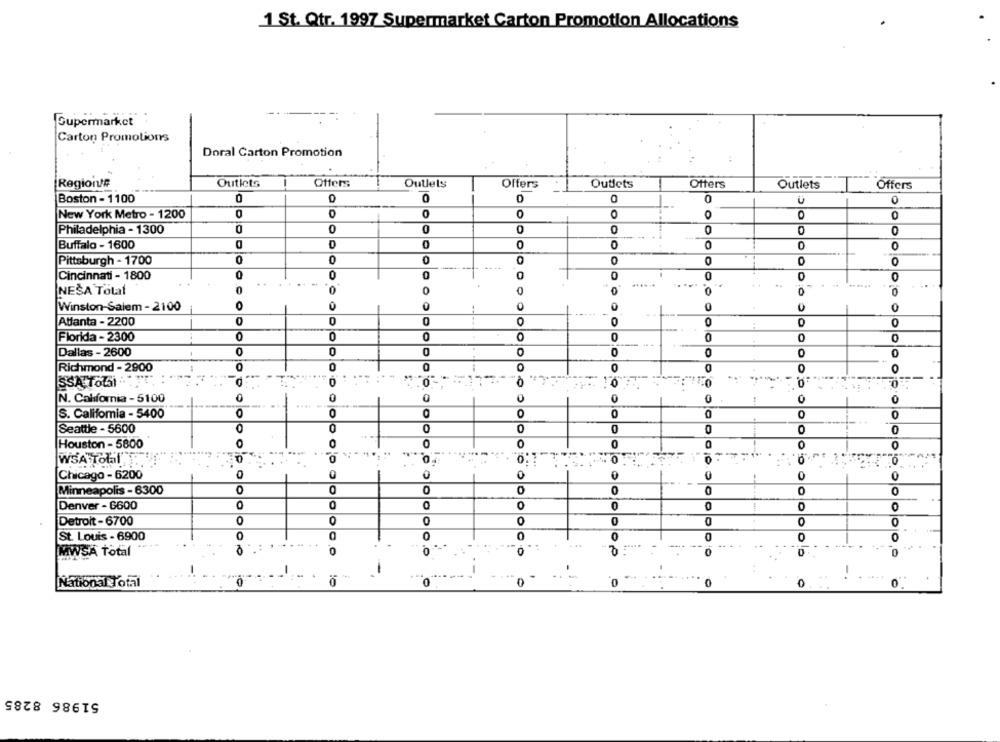
1 St. Qtr. 1997 Supermarket Carton Promotion Allocations
Supermarket
Carton Promotions
Doral Carton Promotion
Regione
Outlets
Offers
Outlets
Offers
Outlets
Otters
Outlets
Offers
Boston - 1100
0
0
0
0
4
New York Metro - 1200
0
0
O
O
O
Philadelphia - 1300
0
0
0
0
Buffalo - 1600
D
0
0
0
0
O
0
Pittsburgh - 1700
0
0
0
Cincinnati - 1800
......
0
0
0
0
NEŠA Total
0
0
0
Winston-Salem - 2100
O
0
...
0
Atfanta - 2200
0
0
0
0
Florida - 2300
0
O
0
O
0
Dallas - 2600
0
0
0
0
O
Richmond - 2900
0
0
0
0
SSA TOUSI
0
0
0
N. California - 5100
0
0
0
0
0
S. California - 5400
O
0
O
0
0
O
0
Seattle - 5600
0
0
0
0
0
Houston - 5800
O
O
O
0
0
0
WSA Total
0
0
. .
0
0
0
0
0
0
0
Chicago - 6200
0
O
0
Minneapolis - 6300
0
0
0
0
Denver - 6600
0
0
0
Detroit - 6700
0
0
O
0
0
0
0
St. Louis - 6900
0
0
0
MWSA Total
.O
0
0
0
0
-
National Total
0
0
0
0
51986 8285